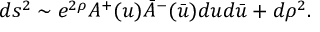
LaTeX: d s ^ { 2 } \sim e ^ { 2 \rho } A ^ { + } ( u ) \bar { A } ^ { - } ( \bar { u } ) d u d \bar { u } + d \rho ^ { 2 } .